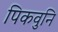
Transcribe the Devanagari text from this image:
पिकवुनि